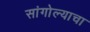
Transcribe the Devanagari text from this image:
सांगोल्याचा